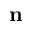
\mathbf { n }